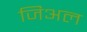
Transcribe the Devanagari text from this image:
जिअल